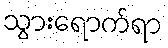
သွားရောက်ရာ